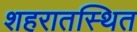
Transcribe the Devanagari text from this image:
शहरातस्थित